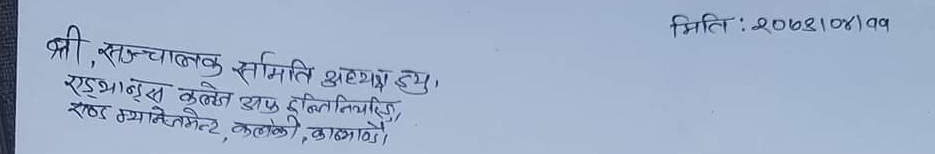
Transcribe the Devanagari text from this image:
श्री, सञ्चालक समिति अध्यक्ष ज्यू,
रणभानुस कलेज अफ इञ्जिनियरिङ,
रणब म्यानेजमेन्ट, कलंकी, काठमाण्डौ ।

मिति : २०७३।०४।११